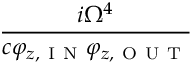
\frac { i \Omega ^ { 4 } } { c \varphi _ { z , \mathrm { ~ I ~ N ~ } } \varphi _ { z , \mathrm { ~ O ~ U ~ T ~ } } }